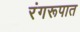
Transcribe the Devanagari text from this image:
रंगरूपात